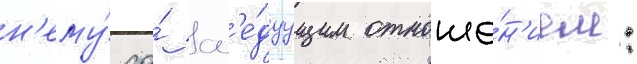
н'ему́ со́ сл'е́дуущим отноше́н'ием: